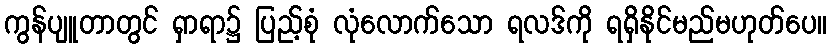
ကွန်ပျူတာတွင် ရှာရာ၌ ပြည့်စုံ လုံလောက်သော ရလဒ်ကို ရရှိနိုင်မည်မဟုတ်ပေ။